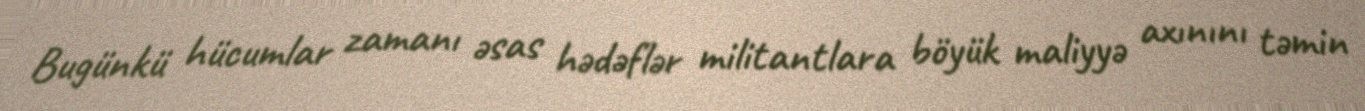
Bugünkü hücumlar zamanı əsas hədəflər militantlara böyük maliyyə axınını təmin